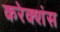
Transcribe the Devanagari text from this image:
करेक्शंस